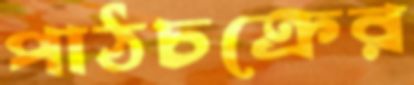
পাঠচক্রের